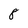
Character: 8